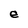
Character: e